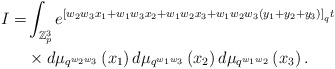
\begin{align*}I= & \int_{\mathbb{Z}_{p}^{3}}e^{\left[w_{2}w_{3}x_{1}+w_{1}w_{3}x_{2}+w_{1}w_{2}x_{3}+w_{1}w_{2}w_{3}\left(y_{1}+y_{2}+y_{3}\right)\right]_{q}t}\\ & \times d\mu_{q^{w_{2}w_{3}}}\left(x_{1}\right)d\mu_{q^{w_{1}w_{3}}}\left(x_{2}\right)d\mu_{q^{w_{1}w_{2}}}\left(x_{3}\right).\end{align*}